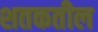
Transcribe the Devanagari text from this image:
शतकतील